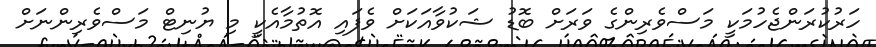
ހަރުކުރަންޖެހުމަކީ މަސްވެރިންގެ ވަރަށް ބޮޑު ޝަކުވާއަކަށް ވެފައި އޮތުމާއެކީ މި ޔުނިޓް މަސްވެރިންނަށް